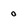
Character: 0